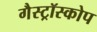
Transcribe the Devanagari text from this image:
गैस्ट्रॉस्कोप